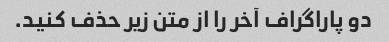
دو پاراگراف آخر را از متن زیر حذف کنید.